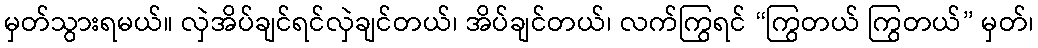
မှတ်သွားရမယ်။ လှဲအိပ်ချင်ရင်လှဲချင်တယ်၊ အိပ်ချင်တယ်၊ လက်ကြွရင် “ကြွတယ် ကြွတယ်” မှတ်၊